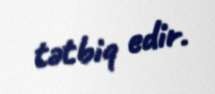
tətbiq edir.